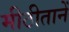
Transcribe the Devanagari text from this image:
मीठीतानें